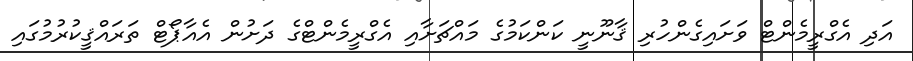
އަދި އެގްރީމެންޓް ވަށައިގެންހުރި ޤާނޫނީ ކަންކަމުގެ މައްޗަށާއި އެގްރީމެންޓްގެ ދަށުން އެއާޕޯޓް ތަރައްޤީކުރުމުގައި